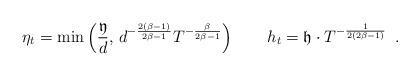
LaTeX: \begin{align*} \eta_t =\min\left(\frac{\mathfrak{y}}{d},\, d^{-\frac{2(\beta-1)}{2\beta-1}}T^{-\frac{\beta}{2\beta-1}}\right) \qquad h_t = \mathfrak{h}\cdot T^{-\frac{1}{2(2\beta-1)}} \enspace.\end{align*}